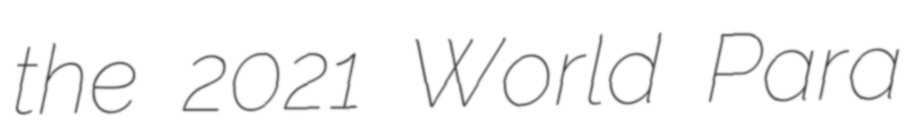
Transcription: the 2021 World Para